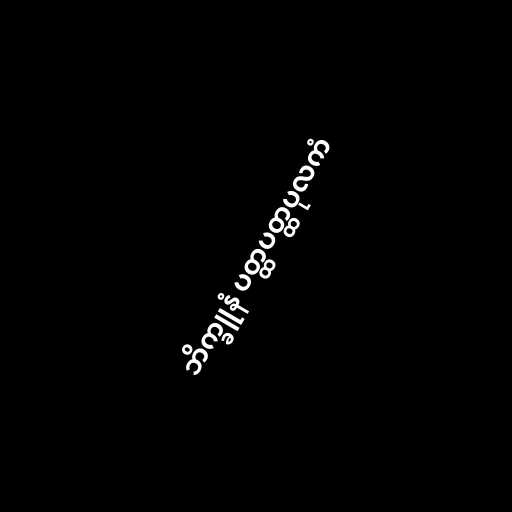
ဘိက္ခူနံ ပတ္ထပတ္ထပုလကံ